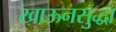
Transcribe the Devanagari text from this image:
खाऊनसुद्धा